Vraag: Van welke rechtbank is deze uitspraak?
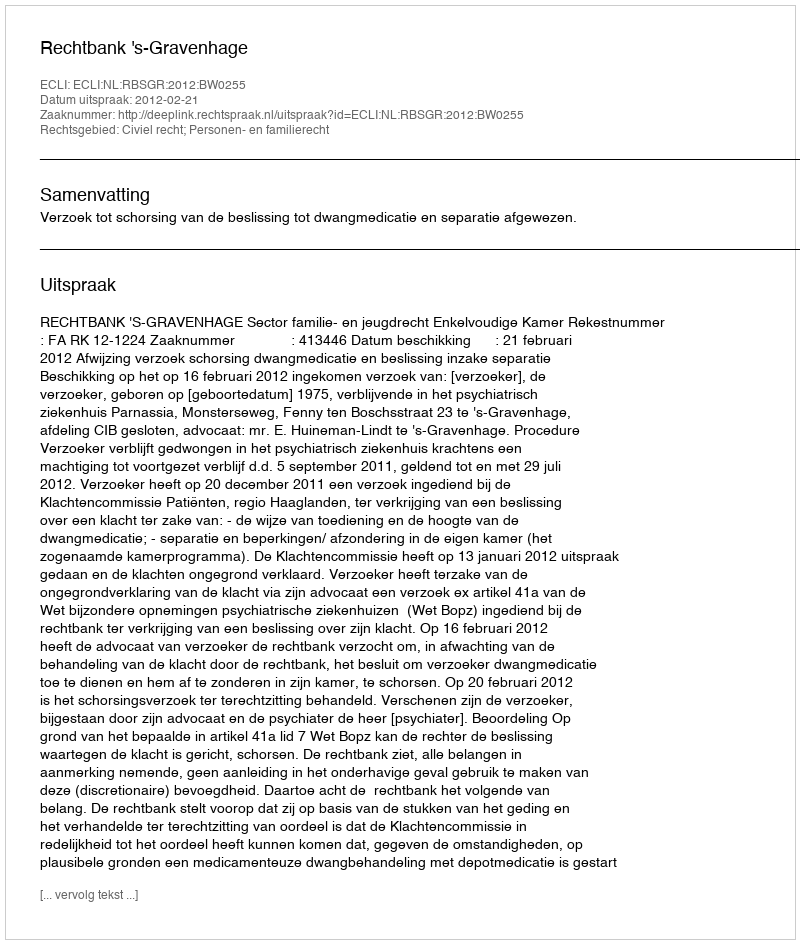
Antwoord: Rechtbank 's-Gravenhage